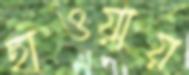
ছাওয়ায়